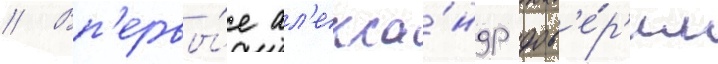
// Вп'ервы́е ал'екса́ндр дов'е́р'ил